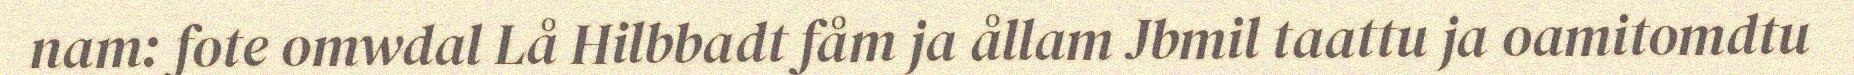
nam: fote omwdal Lå Hilbbadt fåm ja ållam Jbmil taattu ja oamitomdtu